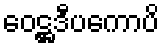
ဝေဋ္ဌဒီပကောပိ